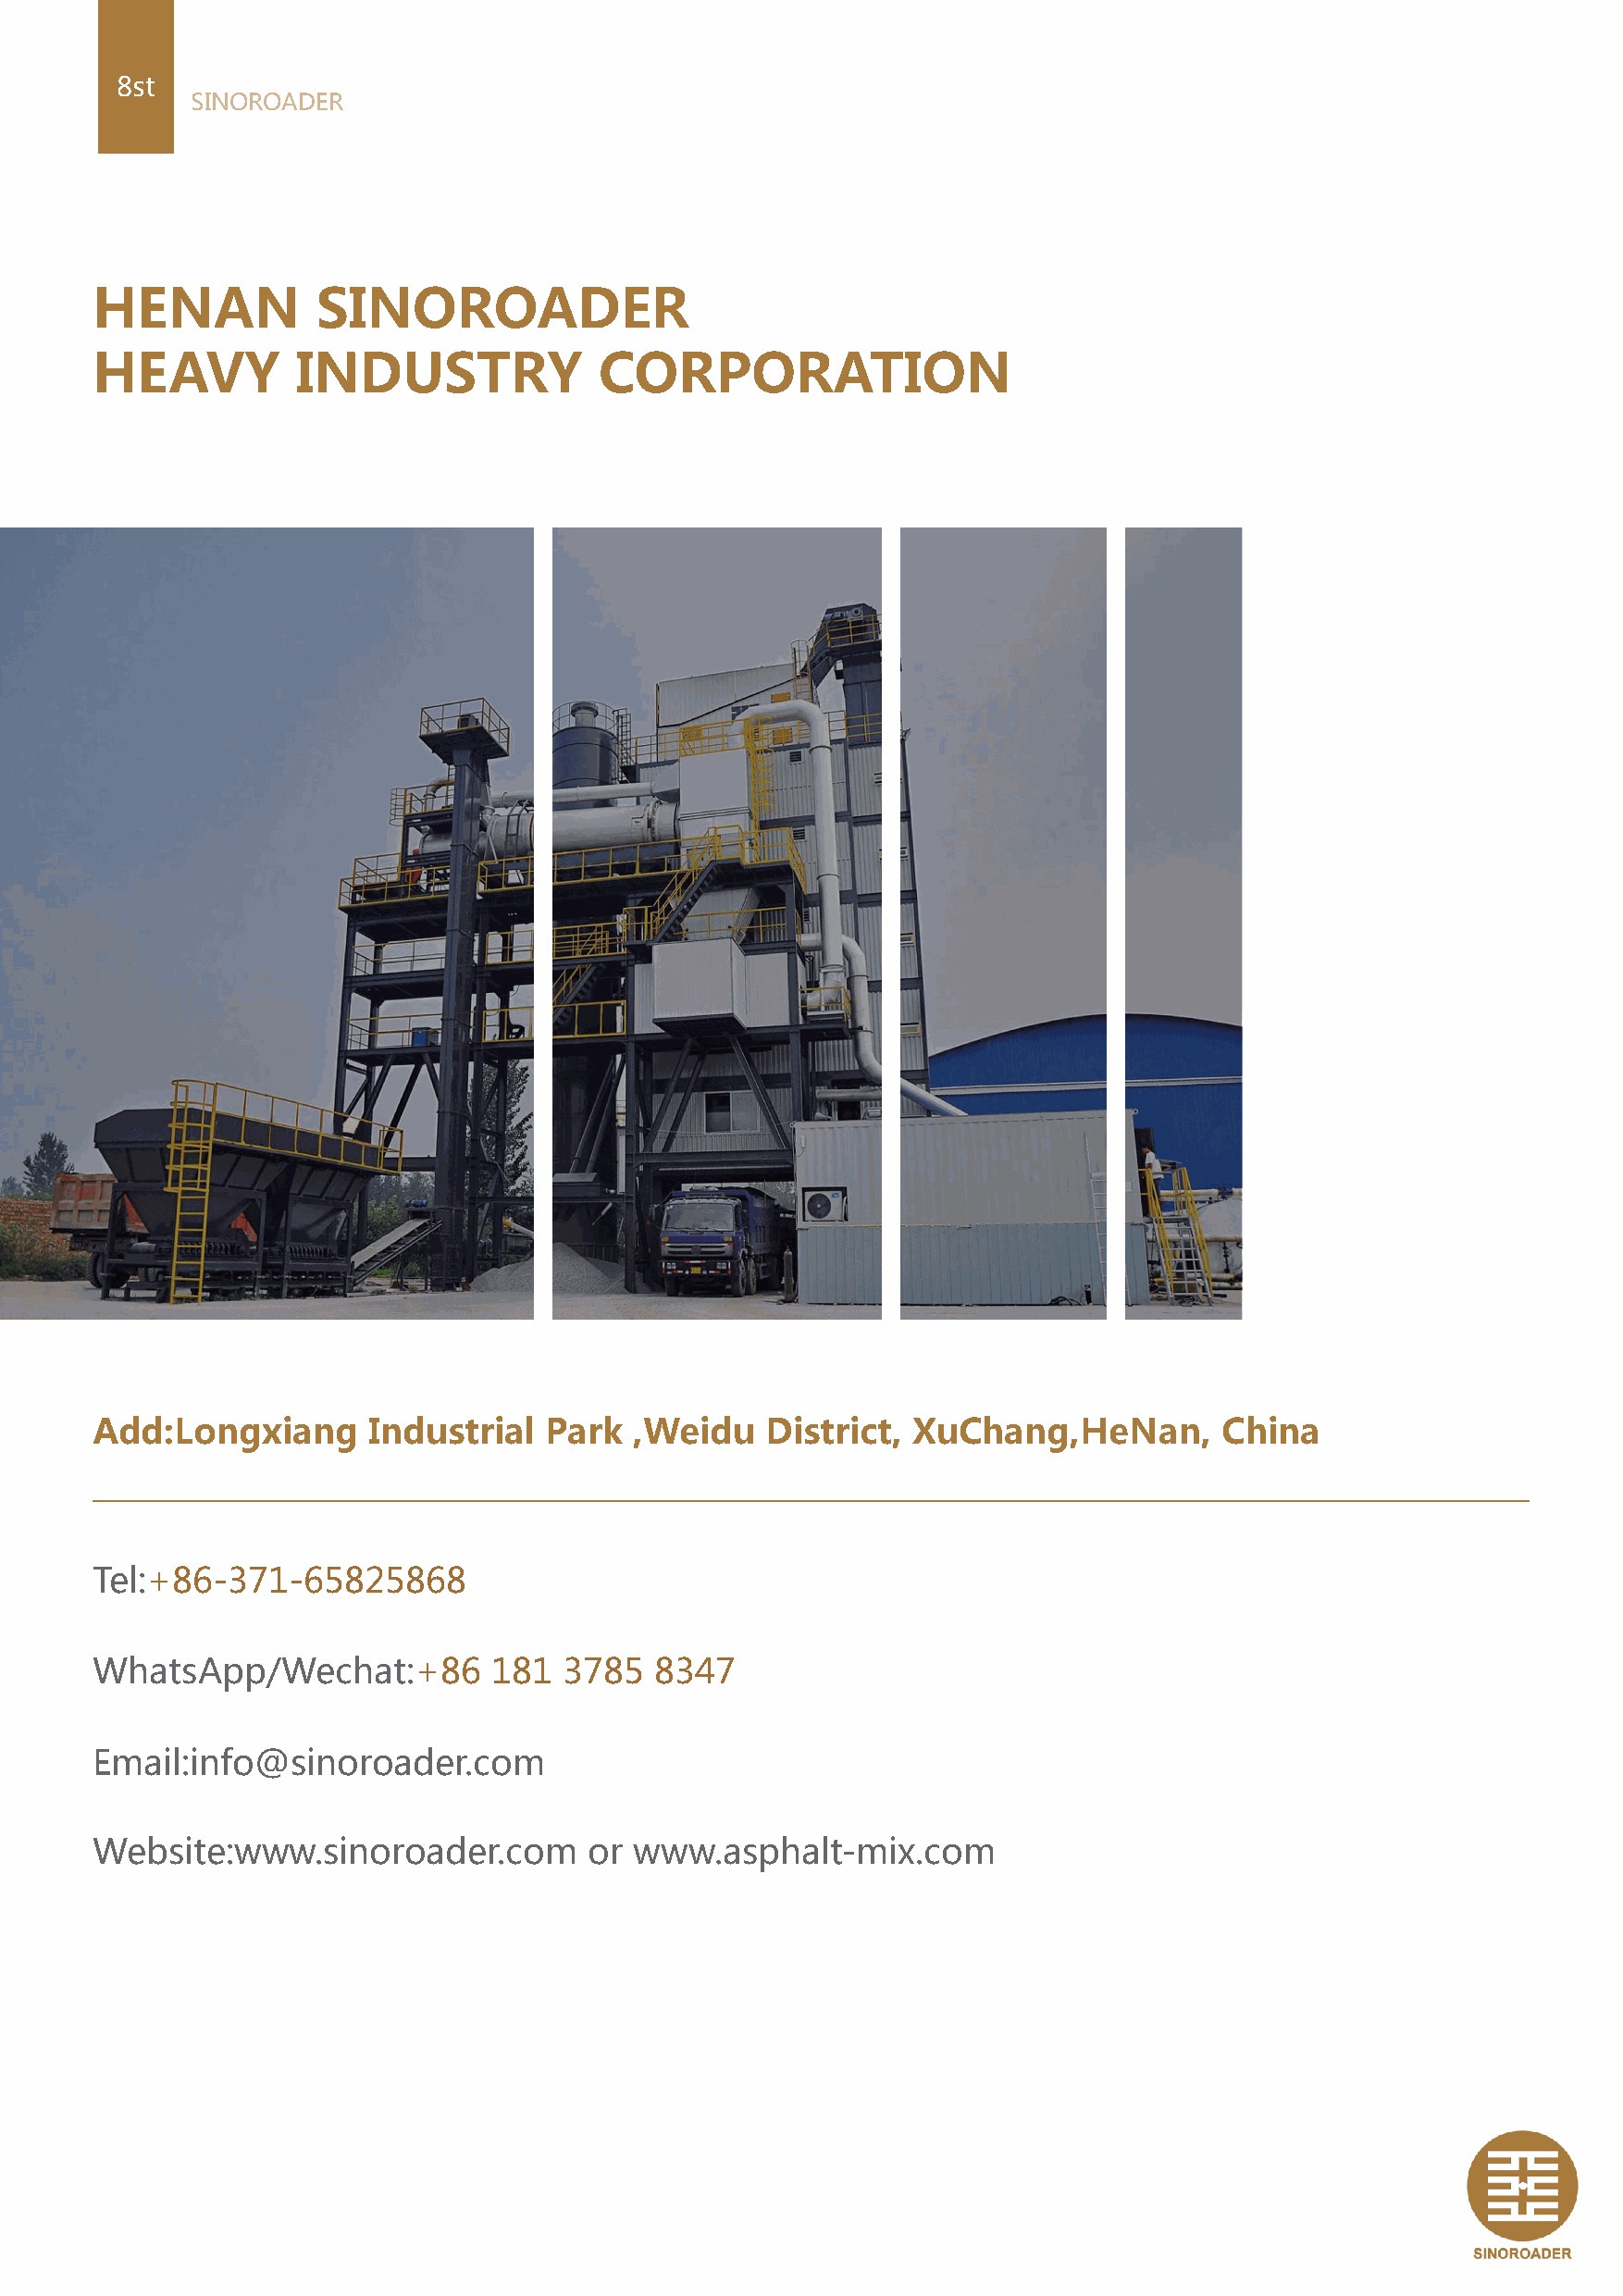
8st
 SINOROADER
 HENAN           SINOROADER
 HEAVY         INDUSTRY              CORPORATION
 Add:Longxiang      Industrial   Park  ,Weidu    District, XuChang,HeNan,        China
 Tel:+86-371-65825868
 WhatsApp/Wechat:+86         181  3785   8347
 Email:info@sinoroader.com
 Website:www.sinoroader.com         or www.asphalt-mix.com